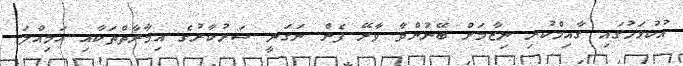
އުކުޅަހުގައި ގާއިމްކުރި ނިޒާމަށް ބޭނުންވާ ވާރޭ ފެން ނަގަނީ ސަރުކާރުގެ އިމާރާތްތަކާއި އަމިއްލަ